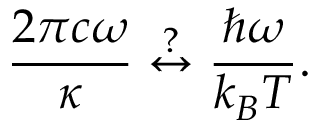
\frac { 2 \pi c \omega } { \kappa } \overset { ? } { \leftrightarrow } \frac { \hbar \omega } { k _ { B } T } .